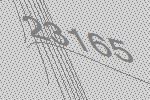
23165